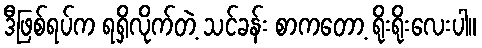
ဒီဖြစ်ရပ်က ရရှိလိုက်တဲ့ သင်ခန်း စာကတော့ ရိုးရိုးလေးပါ။